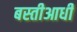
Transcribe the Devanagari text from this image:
बस्तीआधी